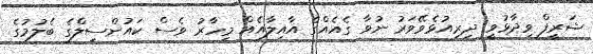
ޝަރީފް ވިދާޅުވީ ދިރިއުޅެވޭވަރު ނުވާ ގެއެއްގެ އާއިލާއެއް މިހާރު ވެސް ކައުންސިލްގެ ބެލުމުގެ